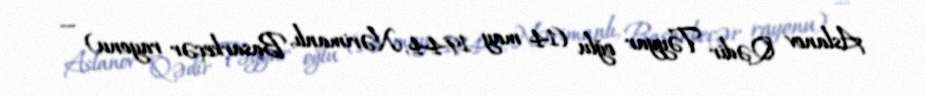
Aslanov Qədir Təyyar oğlu (14 may 1944, Nərimanlı, Basarkeçər rayonu) —